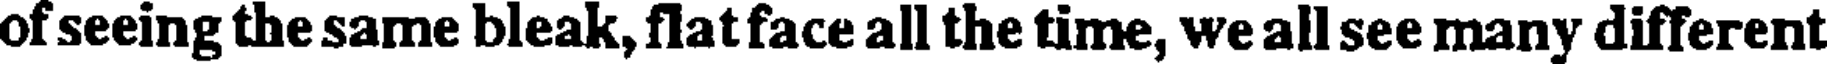
of seeing the same bleak, flat face all the time, we all see many different